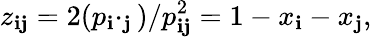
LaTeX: z_{\mathbf{i}\mathbf{j}}=2(p_{\mathbf{i}}\cdotp_{\mathbf{j}})/p_{\mathbf{i}\mathbf{j}}^{2}=1-x_{\mathbf{i}}-x_{\mathbf{j}},